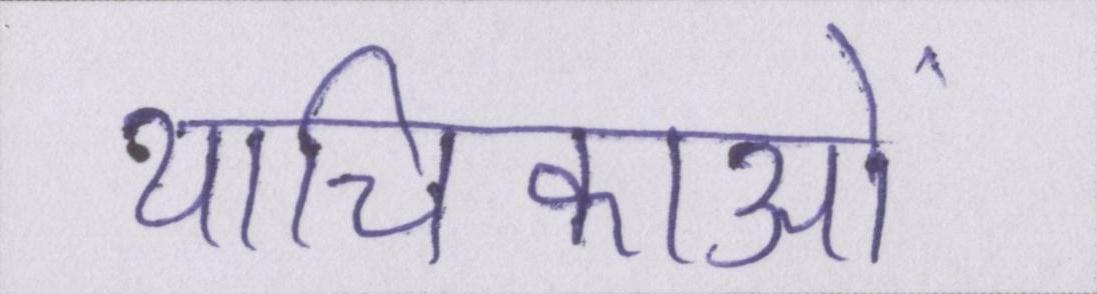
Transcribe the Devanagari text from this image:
याचिकाओं